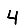
Digit: 4